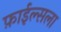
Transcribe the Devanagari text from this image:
फ़ाईल्सला